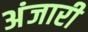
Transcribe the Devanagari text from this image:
अंजारी